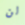
لن